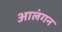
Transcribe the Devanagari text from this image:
आलंगन